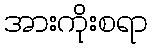
အားကိုးစရာ